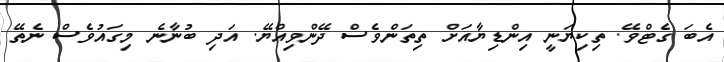
އެބަ ގެޓްވޭ. ތިކިޔަނީ އިންޑިޔާއަށް ތިތަންވެސް ދޭންވިއްޔޭ. އަދި ބުނާނެ މިގައުވެސް ނެތޭ